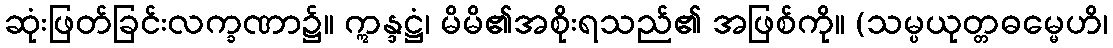
ဆုံးဖြတ်ခြင်းလက္ခဏာ၌။ ဣန္ဒဋ္ဌံ၊ မိမိ၏အစိုးရသည်၏ အဖြစ်ကို။ (သမ္ပယုတ္တဓမ္မေဟိ၊